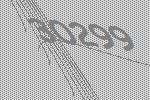
30299